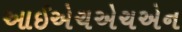
આઈએચએચએન